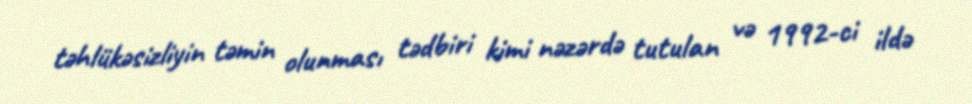
təhlükəsizliyin təmin olunması tədbiri kimi nəzərdə tutulan və 1992-ci ildə